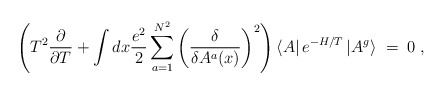
\begin{align*}\left( T^2\frac{\partial}{\partial T}+\int dx\frac{e^2}{2}\sum_{a=1}^{N^2} \left( \frac{\delta}{\delta A^a(x)} \right)^2\right)\left< A\right|e^{-H/T}\left| A^g\right> \; = \; 0 \; ,\end{align*}